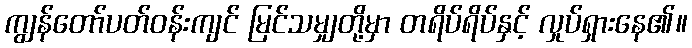
ကျွန်တော်ပတ်ဝန်းကျင် မြင်သမျှတို့မှာ တရိပ်ရိပ်နှင့် လှုပ်ရှားနေ၏။